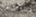
يهاجم